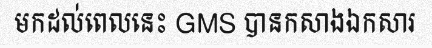
មកដល់ពេលនេះ GMS បានកសាងឯកសារ